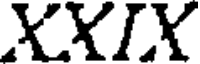
XXIX